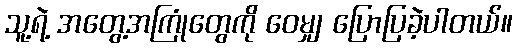
သူ့ရဲ့ အတွေ့အကြုံတွေကို ဝေမျှ ပြောပြခဲ့ပါတယ်။